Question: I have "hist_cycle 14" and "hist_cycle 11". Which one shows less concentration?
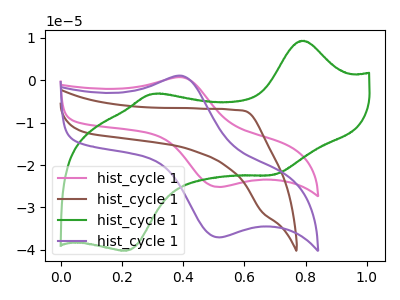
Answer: <think>The pink curve "hist_cycle 11" has an anodic peak at (0.40V, 0.70uA) and a cathodic peak at (0.50V, -25.20uA). The brown curve "hist_cycle 12" has no peaks. The green curve "hist_cycle 13" has anodic peaks at (0.80V, 9.35uA) (0.30V, -3.20uA) and cathodic peaks at (0.70V, -22.35uA) (0.20V, -40.25uA). The purple curve "hist_cycle 14" has an anodic peak at (0.40V, 1.00uA) and a cathodic peak at (0.50V, -37.05uA).
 All the peaks in "hist_cycle 14" have a peak in "hist_cycle 11" at the same potential. Every peak in "hist_cycle 14" is higher than every peak in "hist_cycle 11".</think>
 <answer>"hist_cycle 14" has more signal than "hist_cycle 11" and so likely has a higher concentration.</answer>
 <eval>more_concentration</eval>